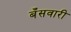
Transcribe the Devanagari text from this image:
बँसवारी